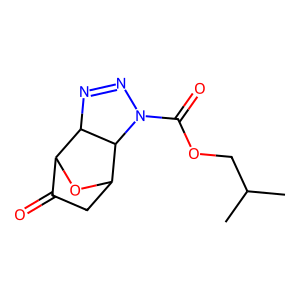
SMILES: CC(C)COC(=O)N1N=NC2C3OC(CC3=O)C21
Inhibits HIV replication: No